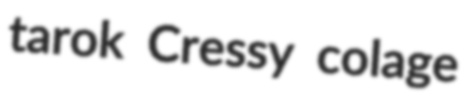
tarok Cressy colage